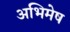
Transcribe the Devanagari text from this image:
अभिमेष